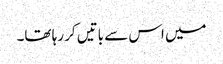
میں اس سے باتیں کر رہا تھا۔